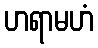
ဟရာမဟံ